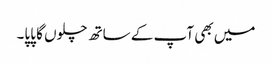
میں بھی آپ کے ساتھ چلوں گا پاپا۔